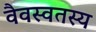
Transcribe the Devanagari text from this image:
वैवस्वतस्य